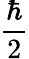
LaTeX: \frac{\hbar}{2}